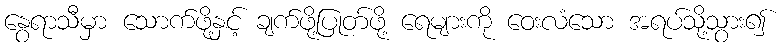
နွေရာသီမှာ သောက်ဖို့နှင့် ချက်ဖို့ပြုတ်ဖို့ ရေများကို ဝေးလံသော အရပ်သို့သွား၍